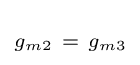
\scriptstyle g_{m2}~=~g_{m3}